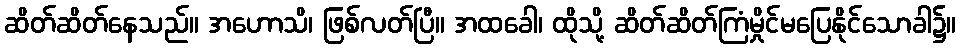
ဆိတ်ဆိတ်နေသည်။ အဟောသိ၊ ဖြစ်လတ်ပြီ။ အထခေါ၊ ထိုသို့ ဆိတ်ဆိတ်ကြံမှိုင်မပြေနိုင်သောခါ၌။